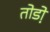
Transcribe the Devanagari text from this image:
तोडो़